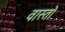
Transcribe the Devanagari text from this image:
वास्तो